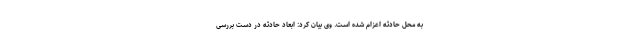
به محل حادثه اعزام شده است. وی بیان کرد: ابعاد حادثه در دست بررسی